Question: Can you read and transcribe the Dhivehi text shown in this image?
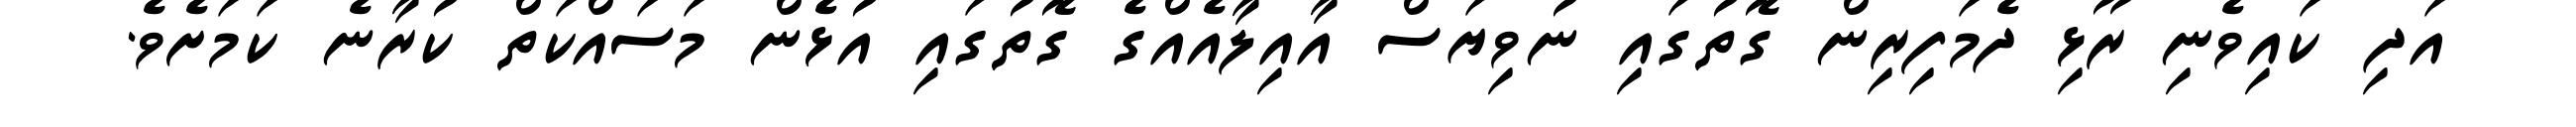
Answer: އަދި ކައިވެނި ރޫޅި ދެމަފިރިން ގޮތުގައި ނުވިޔަސް އާއިލާއެއްގެ ގޮތުގައި އުޅެން މަސައްކަތް ކުރާނެ ކަމަށެވެ.